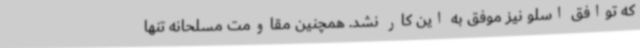
که توافق اسلو نیز موفق به این کار نشد. همچنین مقاومت مسلحانه تنها